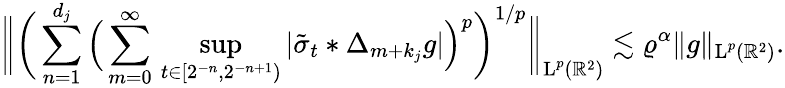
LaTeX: \bigg\| \bigg(\sum_{n=1}^{d_{j}}\Big(\sum_{m=0}^{\infty}\, \operatorname*{sup}_{t\in[2^{-n},2^{-n+1})}|\tilde{\sigma}_{t}\ast\Delta_{m+k_{j}}g|\Big)^{p}\bigg)^{1/p}\bigg\| _{\textup{L}^{p}(\mathbb{R}^{2})}\lesssim\varrho^{\alpha}\| g\| _{\textup{L}^{p}(\mathbb{R}^{2})}.